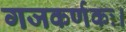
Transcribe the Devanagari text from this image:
गजकर्णकः।